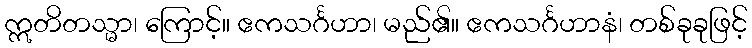
ဣတိတသ္မာ၊ ကြောင့်။ ဧကသင်္ဂဟာ၊ မည်၏။ ဧကသင်္ဂဟာနံ၊ တစ်ခုခုဖြင့်